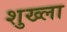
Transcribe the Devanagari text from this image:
शुख्ला